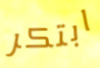
ابتكر